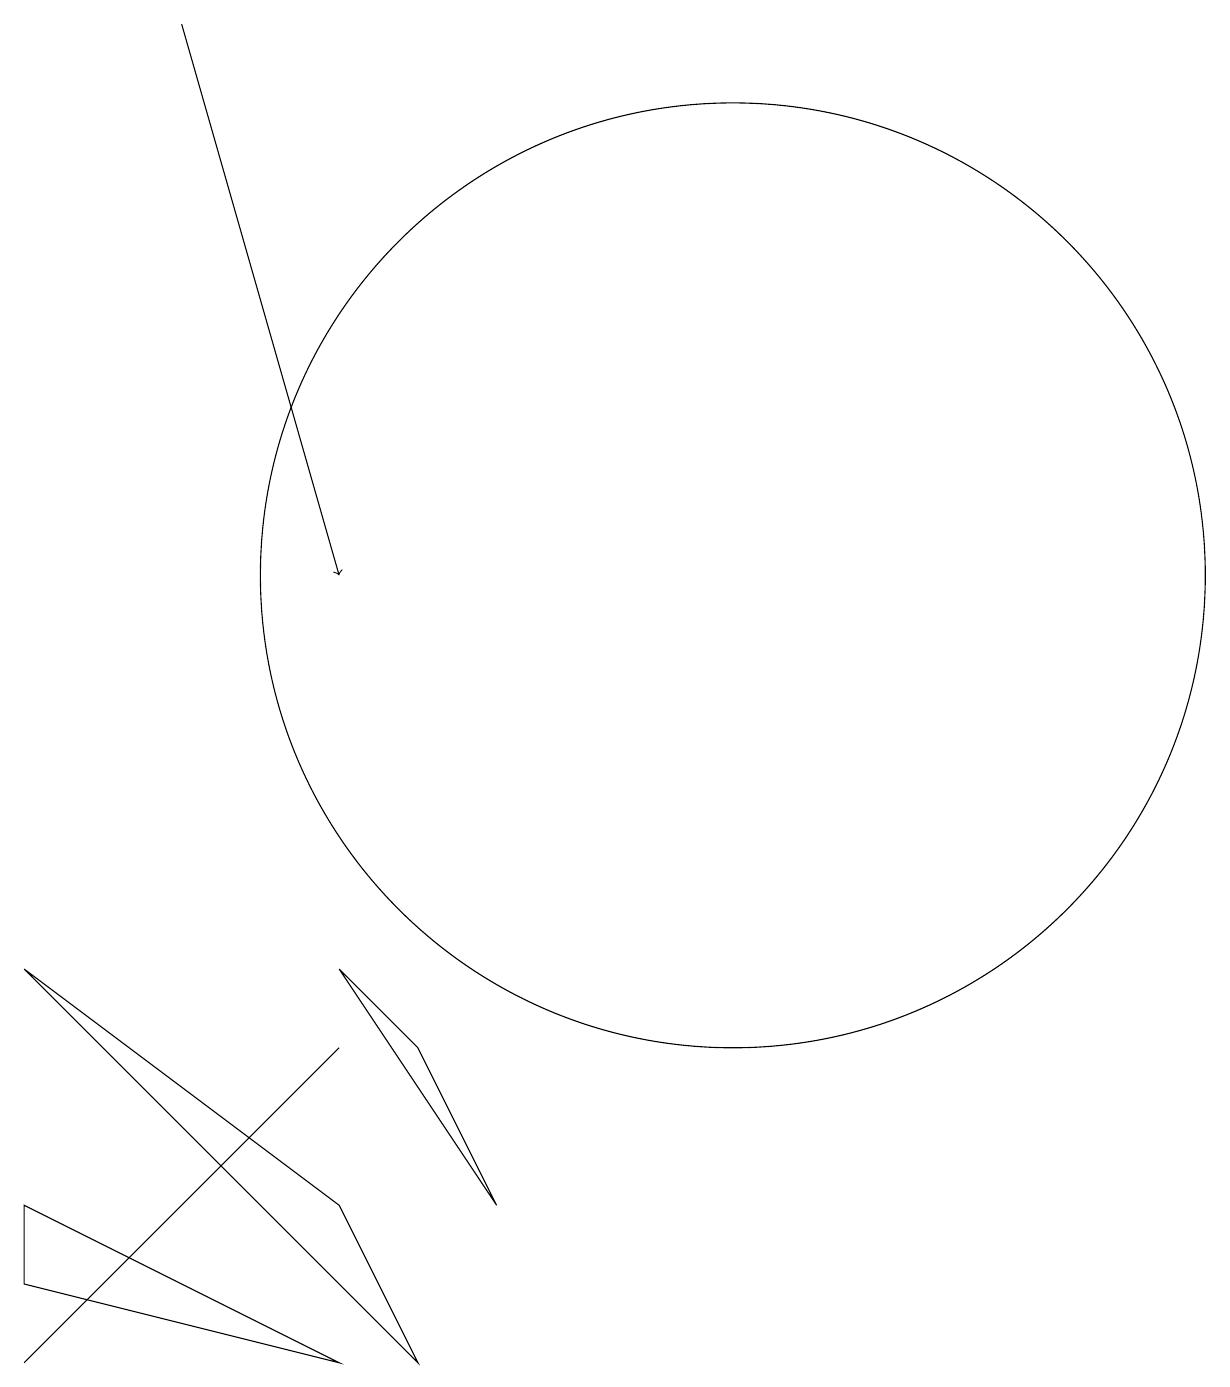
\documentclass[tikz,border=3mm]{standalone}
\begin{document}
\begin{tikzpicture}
\draw (7,4) -- (3,7) -- (8,2) -- cycle;
\draw (6,5) -- (7,6) -- (3,2) -- cycle;
\draw[->] (5,19) -- (7,12);
\draw (12,12) circle (6);
\draw (8,6) -- (9,4) -- (7,7) -- cycle;
\draw (7,2) -- (3,4) -- (3,3) -- cycle;
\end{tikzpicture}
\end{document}